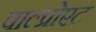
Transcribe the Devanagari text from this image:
वाल्प्रोएट